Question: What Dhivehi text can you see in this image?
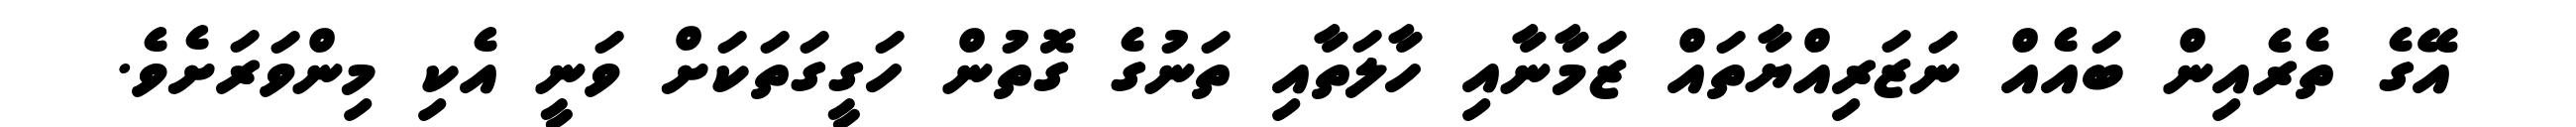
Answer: އޭގެ ތެރެއިން ބައެއް ނަޒަރިއްޔާތައް ޒަމާނާއި ހާލަތާއި ތަނުގެ ގޮތުން ހަގީގަތަކަށް ވަނީ އެކި މިންވަރަށެވެ.